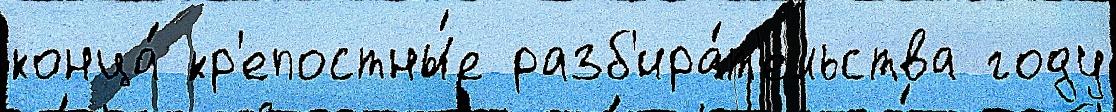
конца́ кр'епостны́е разб'ира́т'ельства году